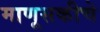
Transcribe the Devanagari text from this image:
माणूसकीचे